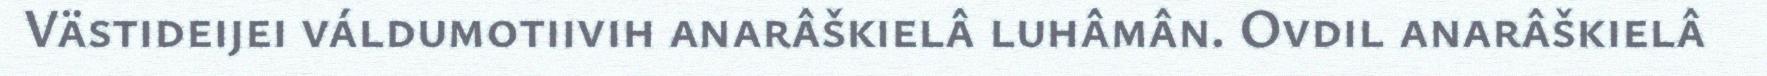
Västideijei váldumotiivih anarâškielâ luhâmân. Ovdil anarâškielâ